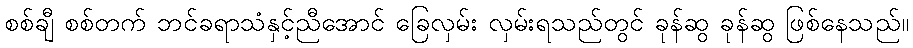
စစ်ချီ စစ်တက် ဘင်ခရာသံနှင့်ညီအောင် ခြေလှမ်း လှမ်းရသည်တွင် ခုန်ဆွ ခုန်ဆွ ဖြစ်နေသည်။